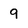
Character: 9